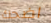
اضحك